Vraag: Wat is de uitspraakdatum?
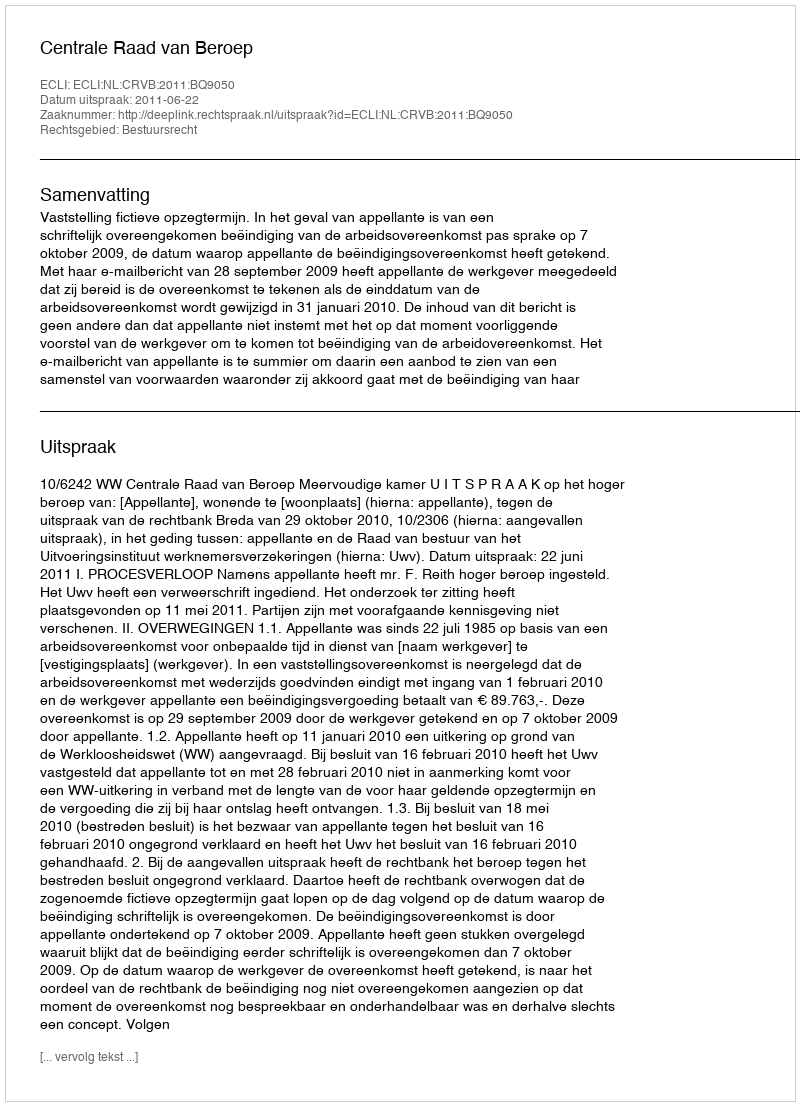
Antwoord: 2011-06-22